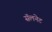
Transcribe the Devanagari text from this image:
सॅलनेट